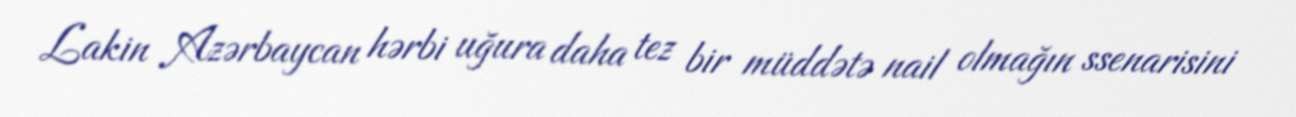
Lakin Azərbaycan hərbi uğura daha tez bir müddətə nail olmağın ssenarisini